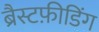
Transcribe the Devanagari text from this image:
ब्रैस्टफ़ीडिंग